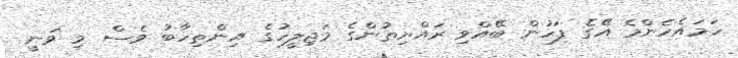
ހަމައެހެންމެ އޭގެ ފަހުން ބޭއްވި ރައްޔިތުންގެ މަޖިލީހުގެ އިންތިހާބު ވެސް މި ވަނީ